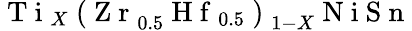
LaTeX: \mathrm{~T~i~}_{X}\mathrm{~(~Z~r~}_{0.5}\mathrm{~H~f~}_{0.5}\mathrm{~)~}_{1-X}\mathrm{~N~i~S~n~}